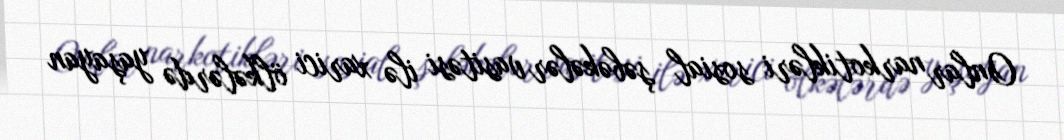
Onlar narkotikləri sosial şəbəkələr vasitəsi ilə xarici ölkələrdə yaşayan